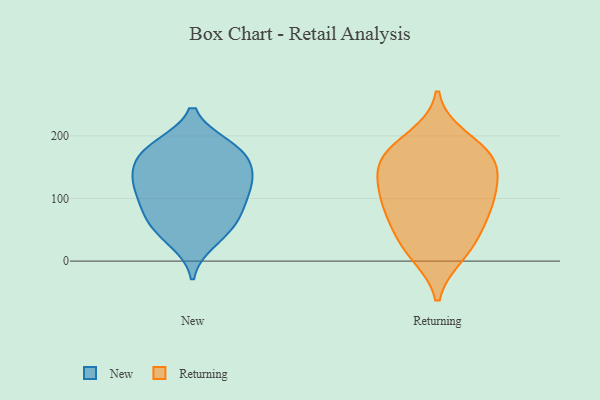
{"axis": {"x": "Energy Usage (MWh)", "y": "Value"}, "legend": ["New", "Returning"], "data": [{"x": "", "y": 184, "type": "New"}, {"x": "", "y": 43, "type": "New"}, {"x": "", "y": 153, "type": "New"}, {"x": "", "y": 71, "type": "New"}, {"x": "", "y": 172, "type": "New"}, {"x": "", "y": 58, "type": "New"}, {"x": "", "y": 154, "type": "New"}, {"x": "", "y": 107, "type": "New"}, {"x": "", "y": 179, "type": "New"}, {"x": "", "y": 130, "type": "New"}, {"x": "", "y": 128, "type": "New"}, {"x": "", "y": 114, "type": "New"}, {"x": "", "y": 126, "type": "New"}, {"x": "", "y": 84, "type": "New"}, {"x": "", "y": 31, "type": "New"}, {"x": "", "y": 78, "type": "New"}, {"x": "", "y": 184, "type": "New"}, {"x": "", "y": 12, "type": "Returning"}, {"x": "", "y": 93, "type": "Returning"}, {"x": "", "y": 143, "type": "Returning"}, {"x": "", "y": 92, "type": "Returning"}, {"x": "", "y": 136, "type": "Returning"}, {"x": "", "y": 38, "type": "Returning"}, {"x": "", "y": 161, "type": "Returning"}, {"x": "", "y": 103, "type": "Returning"}, {"x": "", "y": 198, "type": "Returning"}, {"x": "", "y": 178, "type": "Returning"}, {"x": "", "y": 111, "type": "Returning"}, {"x": "", "y": 10, "type": "Returning"}, {"x": "", "y": 160, "type": "Returning"}, {"x": "", "y": 53, "type": "Returning"}, {"x": "", "y": 67, "type": "Returning"}, {"x": "", "y": 173, "type": "Returning"}]}